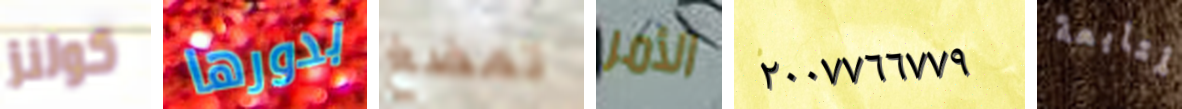
كولنز بدورها تمضغ الأمر ٢٠٠٧٧٦٦٧٧٩ المتابعة